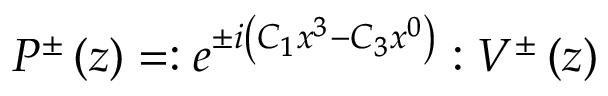
P ^ { \pm } \left( z \right) = : e ^ { \pm i \left( C _ { 1 } x ^ { 3 } - C _ { 3 } x ^ { 0 } \right) } : V ^ { \pm } \left( z \right)